Document type: Sale
Year: 1305
Scribe: Bernat de Vilarúbia
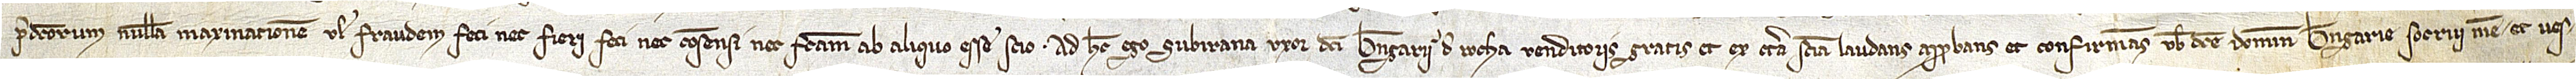
predictorum nullam maxinationem vel fraudem feci nec fieri feci nec consensi nec factam ab aliquo esse scio. Ad hec ego Subirana, uxor dicti Berengarii de Rocha, venditoris, gratis et ex certa sciencia, laudans, approbans et confirmans vobis dicte domine Berengarie, socrui mee, et ves-